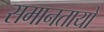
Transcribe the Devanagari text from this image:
समानतायो